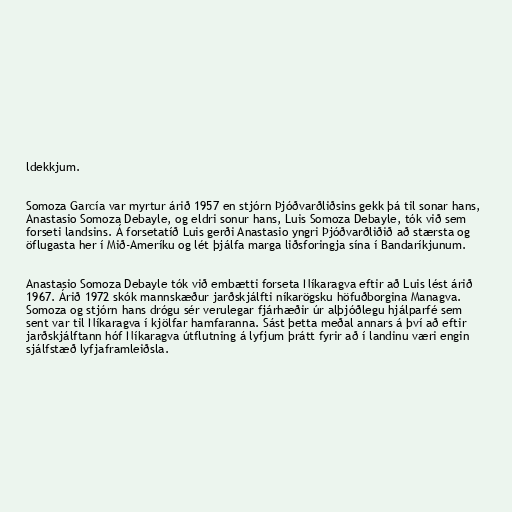
ldekkjum.

Somoza García var myrtur árið 1957 en stjórn Þjóðvarðliðsins gekk þá til sonar hans,
Anastasio Somoza Debayle, og eldri sonur hans, Luis Somoza Debayle, tók við sem
forseti landsins. Á forsetatíð Luis gerði Anastasio yngri Þjóðvarðliðið að stærsta og
öflugasta her í Mið-Ameríku og lét þjálfa marga liðsforingja sína í Bandaríkjunum.

Anastasio Somoza Debayle tók við embætti forseta Níkaragva eftir að Luis lést árið
1967. Árið 1972 skók mannskæður jarðskjálfti níkarögsku höfuðborgina Managva.
Somoza og stjórn hans drógu sér verulegar fjárhæðir úr alþjóðlegu hjálparfé sem
sent var til Níkaragva í kjölfar hamfaranna. Sást þetta meðal annars á því að eftir
jarðskjálftann hóf Níkaragva útflutning á lyfjum þrátt fyrir að í landinu væri engin
sjálfstæð lyfjaframleiðsla.